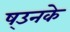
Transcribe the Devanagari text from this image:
ष्उनके